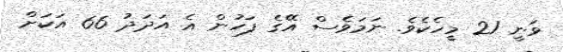
ވަނީ 21 މީހެކެވެ. ނަމަވެސް އޭގެ ފަހުން އެ އަދަދު 66 އަކަށް